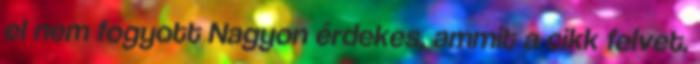
el nem fogyott Nagyon érdekes, ammit a cikk felvet.